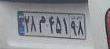
۲۸م۴۵۱۹۸